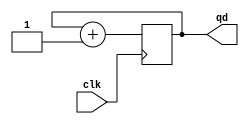
`timescale 1ns / 1ps
//////////////////////////////////////////////////////////////////////////////////
// Company: 
// Engineer: 
// 
// Design Name: 
// Module Name:    mycounter 
// Project Name: 
// Target Devices: 
// Tool versions: 
// Description: 
//
// Dependencies: 
//
// Revision: 
// Revision 0.01 - File Created
// Additional Comments: 
//
//////////////////////////////////////////////////////////////////////////////////
module mycounter(
    input clk,
    output [3:0] qd
    );
// reg to hold the counting value intialized to zero
reg [3:0] cnt = 0;
assign qd = cnt;
always@(posedge clk)
	begin
			cnt <= (cnt +1);
	end
endmodule